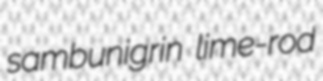
sambunigrin lime-rod